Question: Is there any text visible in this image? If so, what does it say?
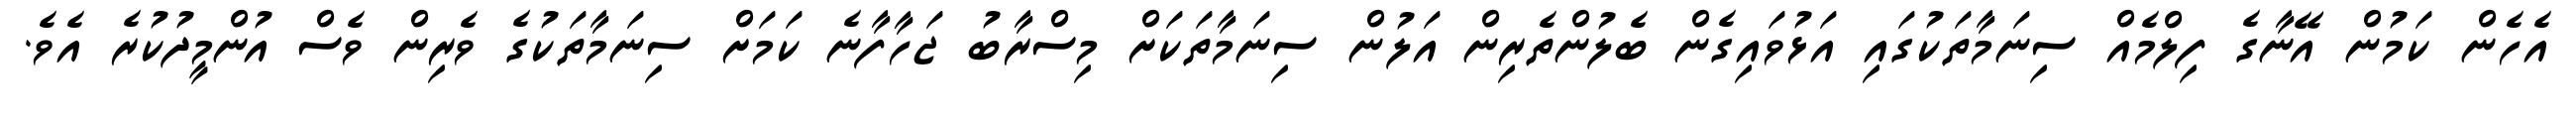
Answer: އެހެން ކަމުން އޭނާގެ ފިލްމެއް ސިނަމާތަކުގައި އަޅުވައިގެން ބެލުންތެރިން އަލުން ސިނަމާތަކަށް މިސްރާބު ޖަހާފާނެ ކަމަށް ސިނަމާތަކުގެ ވެރިން ވެސް އުންމީދުކުރެ އެވެ.